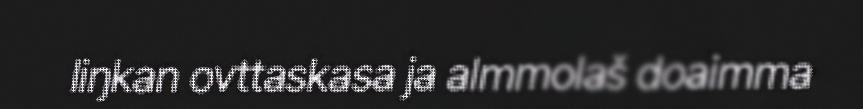
liŋkan ovttaskasa ja almmolaš doaimma